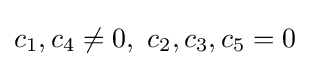
c_{1},c_{4}\neq 0,\ c_{2},c_{3},c_{5}=0